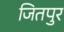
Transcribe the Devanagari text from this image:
जितपुर